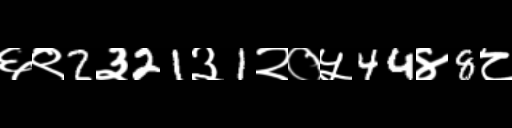
Text: ६९2३21३1२०५44४8८